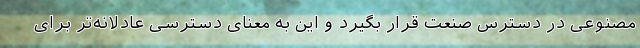
مصنوعی در دسترس صنعت قرار بگیرد و این به معنای دسترسی عادلانه‌تر برای